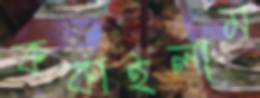
ককাইলাম